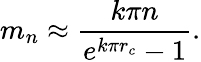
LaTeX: m_{n}\approx\frac{k\pi n}{e^{k\pi r_{c}}-1}.